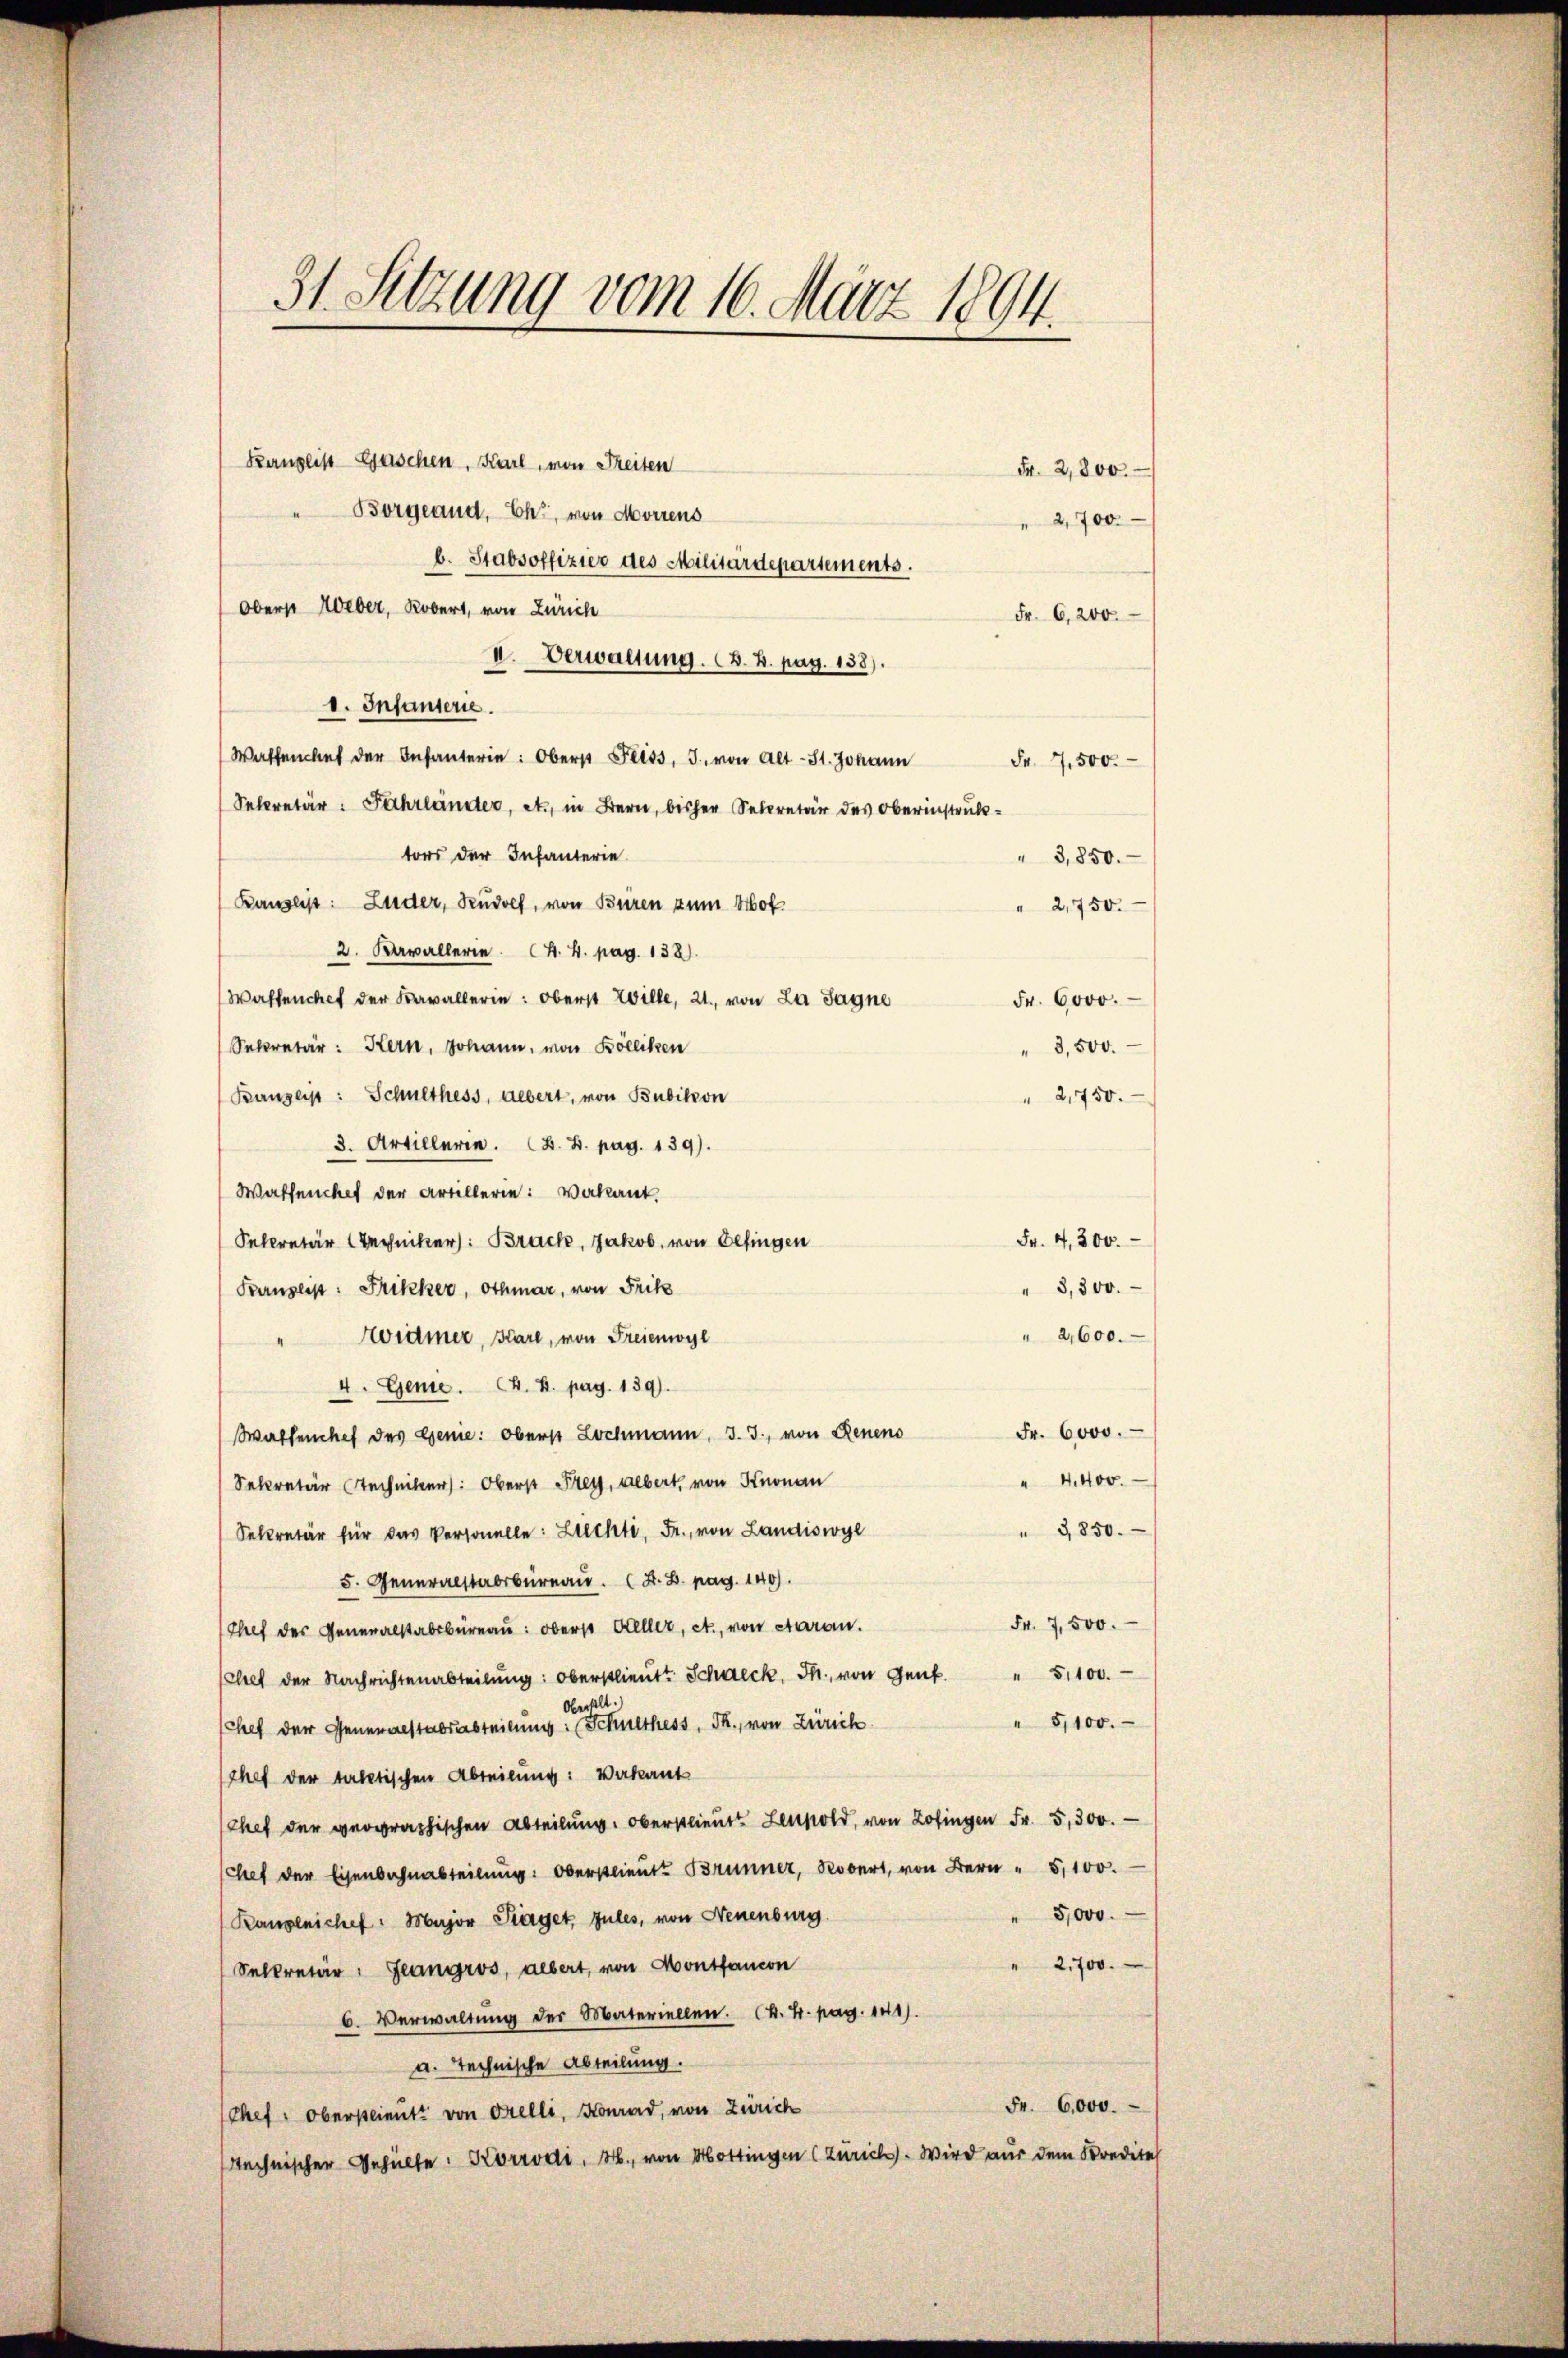
31. Setzung vom 16. März 1894.

Kanzlist Gaschen, Karl, von Seiten
Borgeaud, Ehr, von Moriens
b. Stabsoffizier des Militärdepartements.
Oberst Weber, Robert, von Zürich
II. Verwaltung. (v. 4. pag. 138).
d. Infanterie.
Waffenlief der Infanterin: Oberst Feiss, J. von Alt-St. Johann
Selcretär: Fahrländer, etc. in Bern, bisher Secretär des Oberinstruktors der Infanterie
" 3,850.
Banslist: Luder, Rudolf, von Büren zum Hof
" 2,750.
2. Kavallerie (4. 4. pag. 138).
Waffenchef der Kavallerin: Oberst Wille, 21. von La Jagne
Fr. 6000.
Sekretär: Kern, Johann, von Kölliken
3,500.
Bauzeip: Schulthess, uebert, von Bubikon
2,750.
3. Artillerin. (Z. B. pag. 139).
Waffencket der Artillerie: Vakant.
Fr. 4,300.
Sekretär (Rechniker: Brack, Jakob, von Gesingen
Fenzlist: Frikker, Othmar, von Frik
3,300.
" 2,600.
widmer, Bare, von Freienwyl
4
4. Genie. (4. 4. pag. 139.
Wallenchef des Genie: Oberst Lochmann, J. J., von Renens Fr. 6000.
" 4400.
Sekretär Techniker: Oberst Frey, uebert, von Knonau
3850.
Sekretär für das Versonelle: Lichte, Fr., von Landiswyl
5. Generalstabsbureau. A. B. pag. 140).
Fr. 7,500.
Chef der Generalstabsbureau: oberst Aller, et, von Aaran.
Chef der Nachrichtenabteilŭng: oberstlieutt Schneck, M. von Genf " 51100.
5,100.
Chef der Generalstabsabteilung: Schulthess, PR., von Zürich
Chef der taktischen Abteilung: Vakant
Chef der geographischen Abteilung oberstlieute Lenpold, von Zofingen Fr. 5,300.
Chef der Eisenbahnabteilung: Oberstlieutt Brunner, Robert, von Bern 5,100.
5,000.
(Rangleichef. Major Piaget, zules, von Neuenburg
2,700.
Selkretär: Geangros, albert, von Monsfancon
6. Verwaltung der Materiellen. k. k. pag. 141).
a. Technische Abteilung.
Fr. 6000.
Chef: Oberstlieutt von Orelli, Konrad, von Zürich
technischer Gehülfe. Korrodi, M., von Hottingen (Zürich. Wird aus dem Kredites

Fr. 2,800.

Fr. 6,200.

" 2,700.-

Fr. 7500.